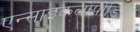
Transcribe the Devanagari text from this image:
एन्साइकलोपीडिया